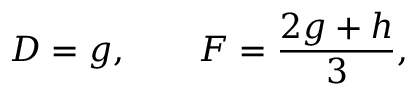
D = g , \qquad F = \frac { 2 g + h } { 3 } ,